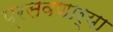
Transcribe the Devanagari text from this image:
प्रसवणार्‍या